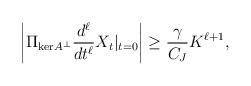
LaTeX: \begin{align*} \left|\Pi_{\mathrm{ker}A^\perp}\frac{d^\ell}{dt^\ell}X_t|_{t = 0}\right| \ge \frac{\gamma}{C_J}K^{\ell+1},\end{align*}